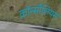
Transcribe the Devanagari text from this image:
कॉन्सीलियम